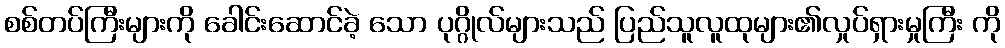
စစ်တပ်ကြီးများကို ခေါင်းဆောင်ခဲ့ သော ပုဂ္ဂိုလ်များသည် ပြည်သူလူထုများ၏လှုပ်ရှားမှုကြီး ကို